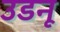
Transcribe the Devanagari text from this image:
उडनू